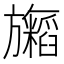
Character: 𬀢